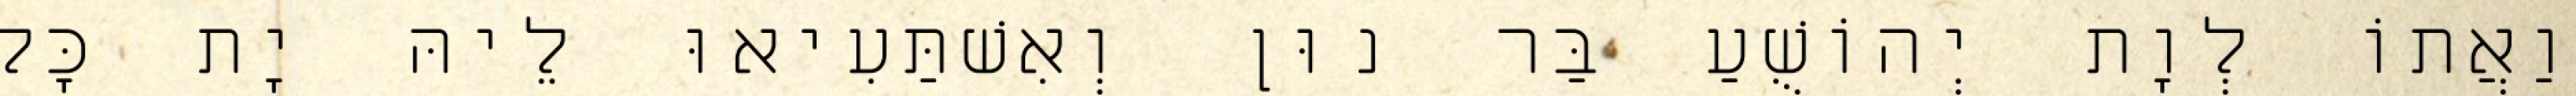
וַאֲתוֹ לְוָת יְהוֹשֻׁעַ בַּר נוּן וְאִשׁתַּעִיאוּ לֵיהּ יָת כָּל